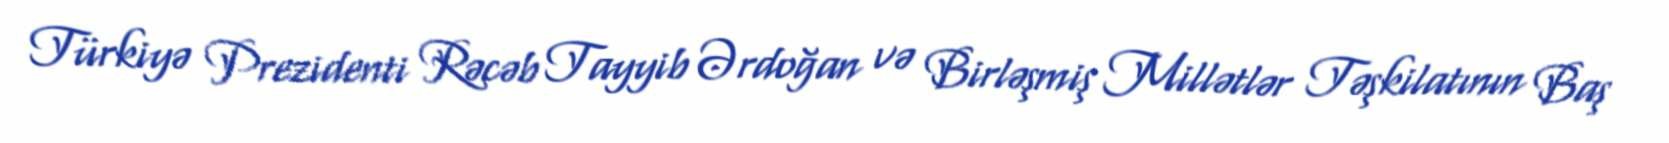
Türkiyə Prezidenti Rəcəb Tayyib Ərdoğan və Birləşmiş Millətlər Təşkilatının Baş